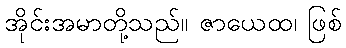
အိုင်းအမာတို့သည်။ ဇာယေထ၊ ဖြစ်